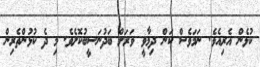
ކުޅެން އެރިއެވެ. ނަމަވެސް ކަން ދިމާވީ ވަރަށް ބަދުނަސީބުކޮށެވެ. މި ދެ ކުޅުންތެރިން